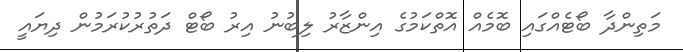
މަތިންދާ ބޯޓެއްގައި ބޮމެއް އޮތްކަމުގެ އިންޒާރު ލިބުނު އިރު ބޯޓް ދަތުރުކުރަމުން ދިޔައީ